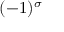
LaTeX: ( - 1 ) ^ { \sigma }